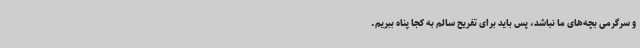
و سرگرمی بچه‌های ما نباشد، پس باید برای تفریح سالم به کجا پناه ببریم.